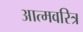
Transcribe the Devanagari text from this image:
आत्मवरित्र